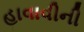
હાવાવીની